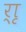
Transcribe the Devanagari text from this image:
र्‍ाृ